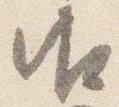
御